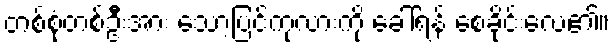
တစ်စုံတစ်ဦးအား သော့ပြင်ကုလားကို ခေါ်ရန် စေခိုင်းလေ၏။